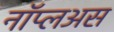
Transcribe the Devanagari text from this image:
नॉप्लअस